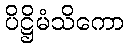
ပိဋ္ဌိမံသိကော